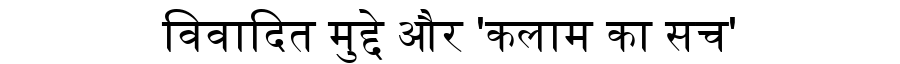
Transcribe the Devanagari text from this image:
विवादित मुद्दे और 'कलाम का सच'